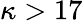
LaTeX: \kappa>17